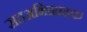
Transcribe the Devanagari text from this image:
सहअभिग्राहक